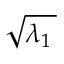
\sqrt { \lambda _ { 1 } \, }